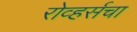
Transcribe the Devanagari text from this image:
रोव्हर्सचा